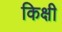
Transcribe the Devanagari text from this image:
किक्षी